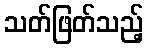
သတ်ဖြတ်သည့်